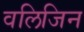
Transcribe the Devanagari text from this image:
वलिजिन